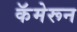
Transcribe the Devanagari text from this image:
कॅमेरून